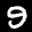
Label: 9